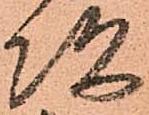
次